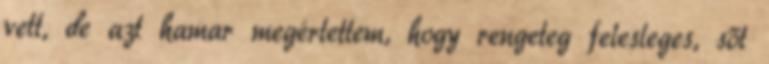
vett, de azt hamar megértettem, hogy rengeteg felesleges, sőt